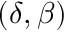
( \delta , \beta )